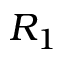
R _ { 1 }